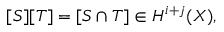
[ S ] [ T ] = [ S \cap T ] \in H ^ { i + j } ( X ) ,